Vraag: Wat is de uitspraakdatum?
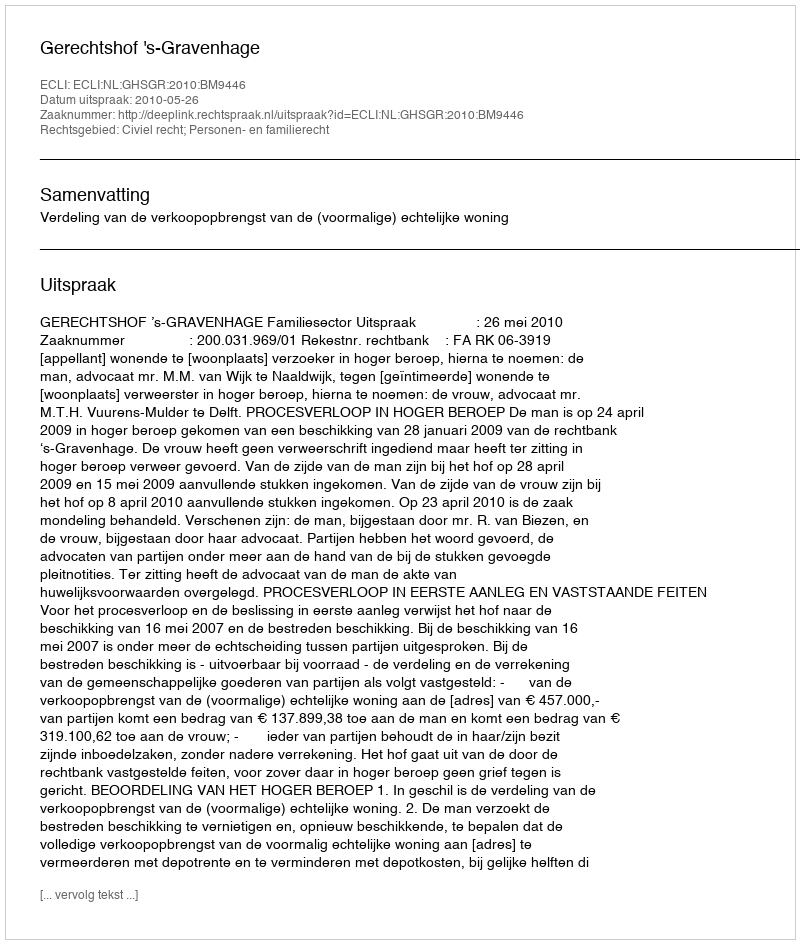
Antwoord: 2010-05-26